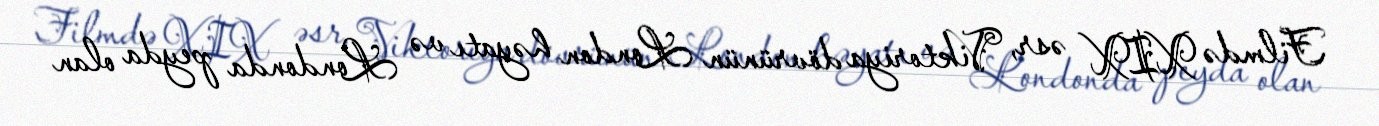
Filmdə XIX əsr, Viktoriya dövrünün London həyatı və Londonda peyda olan